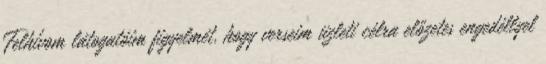
Felhívom látogatóim figyelmét, hogy verseim üzleti célra előzetes engedéllyel